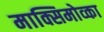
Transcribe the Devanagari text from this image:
माक्सिमोव्का